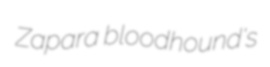
Zapara bloodhound's